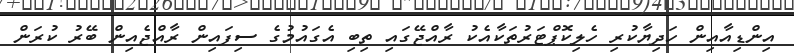
އިންޑިއާއިން ހަދިޔާކުރި ހެލިކޮޕްޓަރުތަކާއެކު ރާއްޖޭގައި ތިބި އެގައުމުގެ ސިފައިން ރާއްޖެއިން ބޭރު ކުރަން